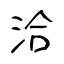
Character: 洽